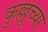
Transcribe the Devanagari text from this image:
कुल्लूच्या